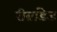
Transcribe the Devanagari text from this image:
रीब्रांडेड